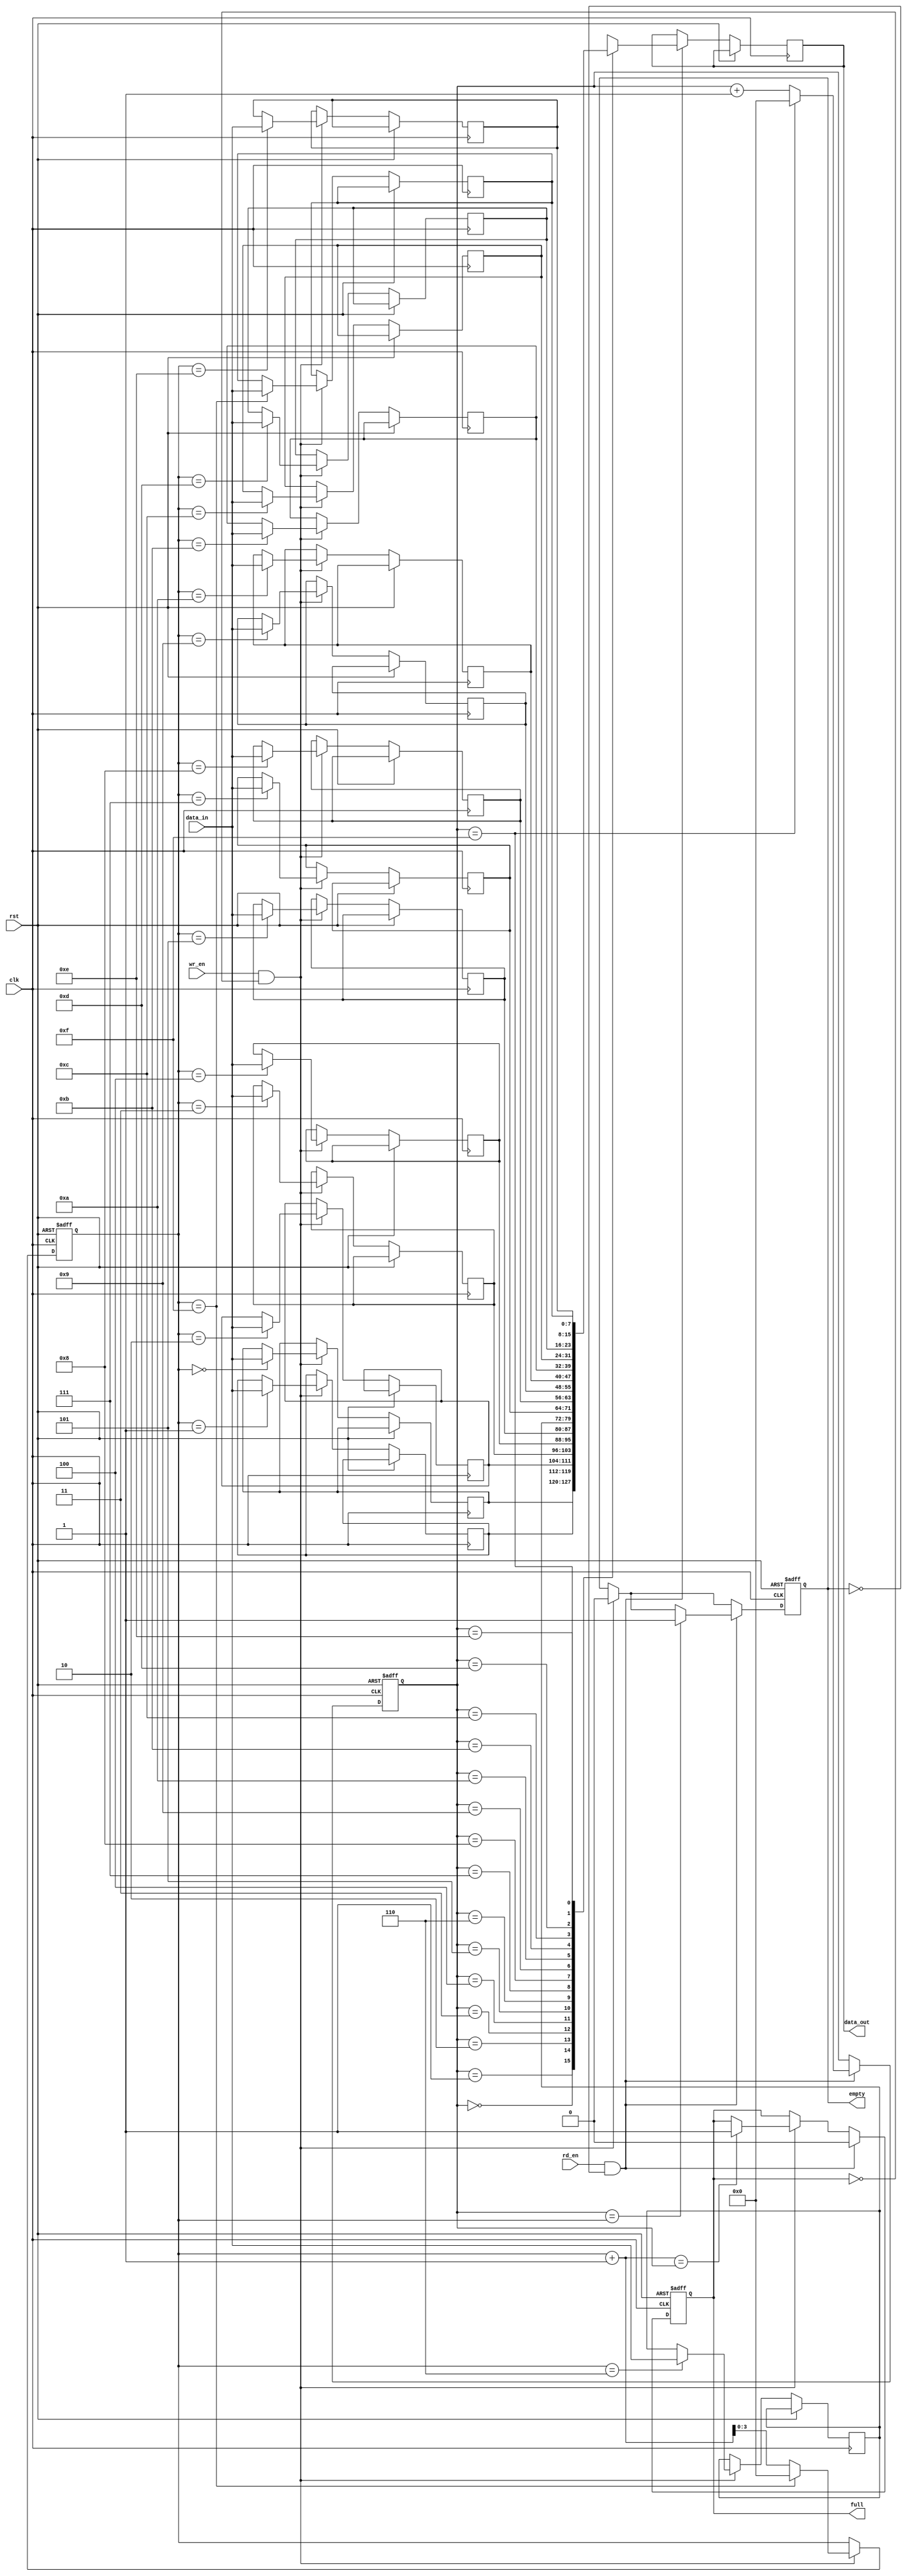
module async_fifo(
    input wire clk,
    input wire rst,
    input wire wr_en,
    input wire rd_en,
    input wire [7:0] data_in,
    output reg [7:0] data_out,
    output reg full,
    output reg empty
);

parameter FIFO_DEPTH = 16;
reg [7:0] fifo[FIFO_DEPTH - 1:0];
reg [3:0] wr_ptr;
reg [3:0] rd_ptr;

always @(posedge clk or posedge rst) begin
    if (rst) begin
        wr_ptr <= 0;
        rd_ptr <= 0;
        full <= 0;
        empty <= 1;
    end else begin
        if (wr_en && !full) begin
            fifo[wr_ptr] <= data_in;
            wr_ptr <= (wr_ptr == FIFO_DEPTH - 1) ? 0 : (wr_ptr + 1);
            empty <= 0;
            if ((wr_ptr + 1) == rd_ptr)
            begin
                full <= 1;
            end
        end
        
        if (rd_en && !empty) begin
            data_out <= fifo[rd_ptr];
            rd_ptr <= (rd_ptr == FIFO_DEPTH - 1) ? 0 : (rd_ptr + 1);
            full <= 0;
            if (rd_ptr == wr_ptr)
            begin
                empty <= 1;
            end
        end
    end
end

endmodule